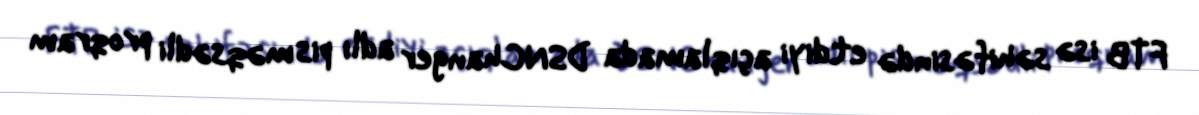
FTB isə səhifəsində etdiyi açıqlamada DSNChanger adlı pis məqsədli proqram